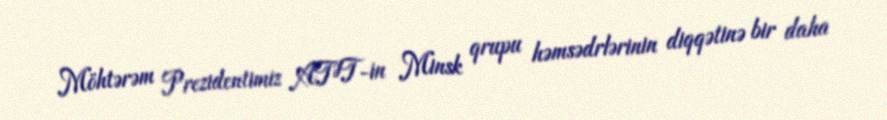
Möhtərəm Prezidentimiz ATƏT-in Minsk qrupu həmsədrlərinin diqqətinə bir daha